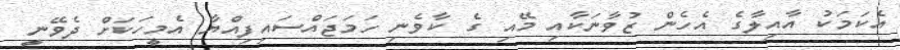
އެކަމަކު އާއިލާގެ އެހެން ޒުވާނަކާއި މޭއި ގެ ކާވެނި ހަމަޖައްސައިފިއްޔާ އެމީހަކަށް ދެވޭނީ